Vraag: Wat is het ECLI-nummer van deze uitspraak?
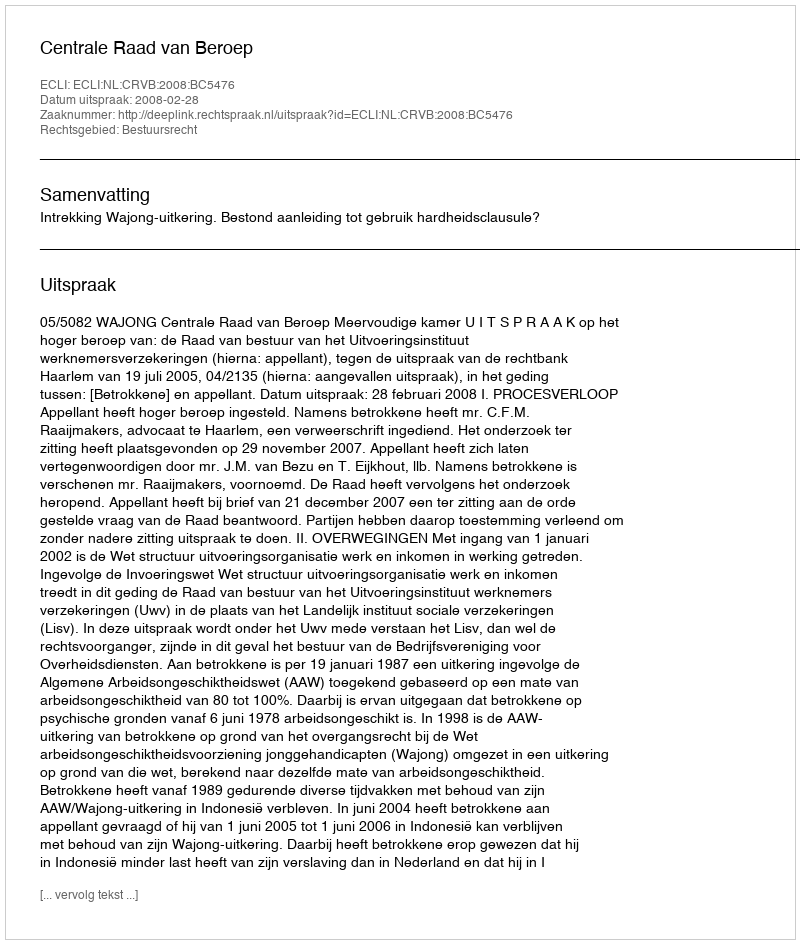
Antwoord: ECLI:NL:CRVB:2008:BC5476